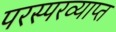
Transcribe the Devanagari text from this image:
परस्परव्याप्त